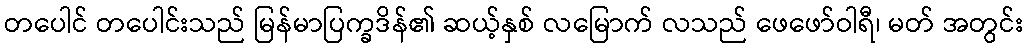
တပေါင် တပေါင်းသည် မြန်မာပြက္ခဒိန်၏ ဆယ့်နှစ် လမြောက် လသည် ဖေဖော်ဝါရီ၊ မတ် အတွင်း